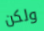
ولكن